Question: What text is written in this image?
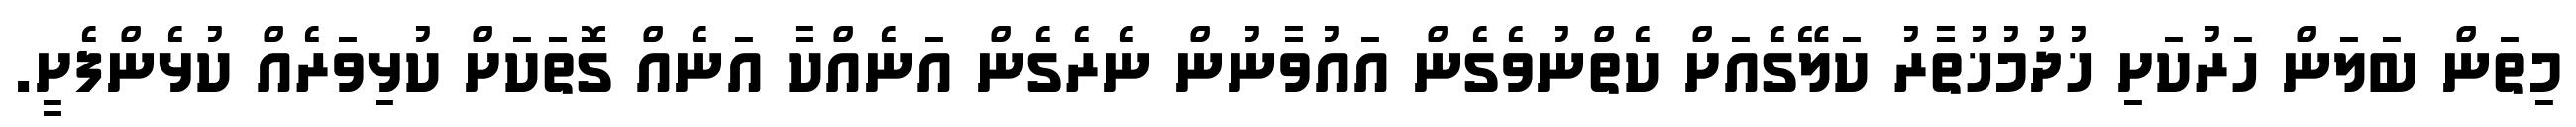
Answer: މިތަން ބަލަން ހަރުކަށި ޚުދުމުޚުތާރު ކަލޭގެއަށް ކެތްނުވެގެން އައުވާނުން ނެރެގެން އަނެއްކާ އަނެއް ގޮތަކަށް ކުޅިވަރެއް ކުޅެންފެށީ.